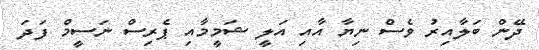
ދޭން ބަލާއިރު ވެސް ނިޔާ އާއި އަލީ ޝަމީމާއި ޕެރިސް ނަސީމް ފަދަ